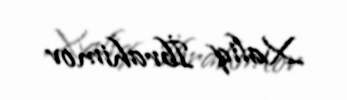
Xaliq İbrahimov